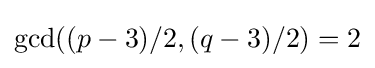
{\rm {gcd}}((p-3)/2,(q-3)/2)=2